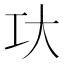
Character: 𰋚